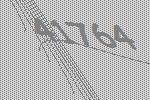
41764